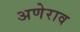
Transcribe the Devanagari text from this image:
अणेराव